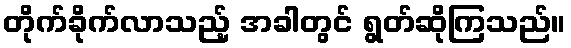
တိုက်ခိုက်လာသည့် အခါတွင် ရွတ်ဆိုကြသည်။